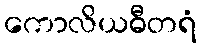
ကောလိယဓီတရံ